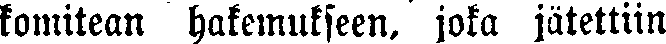
komitean hakemukseen, joka jätettiin